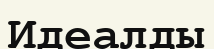
Идеалды